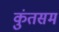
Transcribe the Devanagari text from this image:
कुंतसम